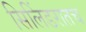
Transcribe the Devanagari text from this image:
सिलिंडरातच